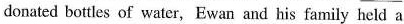
donated bottles of water, Ewan and his family held a